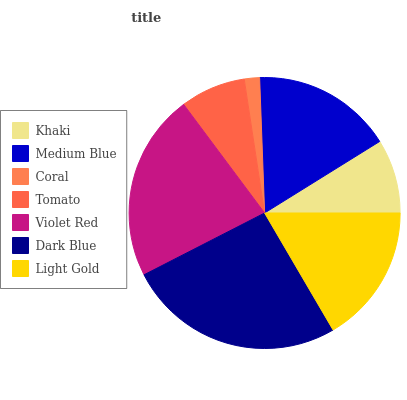
| Khaki | Medium Blue | Coral | Tomato | Violet Red | Dark Blue | Light Gold |
 | --- | --- | --- | --- | --- | --- | --- |
 | 8.85% | 16.7% | 1.82% | 7.8% | 22.3% | 26% | 16.6% |